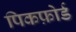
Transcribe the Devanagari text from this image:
पिकफ़ोर्ड